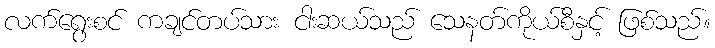
လက်ရွေးစင် ကချင်တပ်သား ငါးဆယ်သည် သေနတ်ကိုယ်စီနှင့် ဖြစ်သည်။